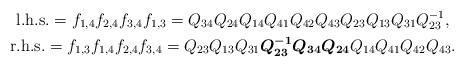
LaTeX: \begin{gather*}{\rm l.h.s.} =f_{1,4} f_{2,4} f_{3,4} f_{1,3}=Q_{34}Q_{24}Q_{14}Q_{41}Q_{42}Q_{43}Q_{23}Q_{13}Q_{31}Q_{23}^{-1},\\{\rm r.h.s.} =f_{1,3} f_{1,4} f_{2,4} f_{3,4}=Q_{23}Q_{13}Q_{31}{\boldsymbol{Q_{23}^{-1}Q_{34}Q_{24}}}Q_{14}Q_{41}Q_{42}Q_{43}.\end{gather*}